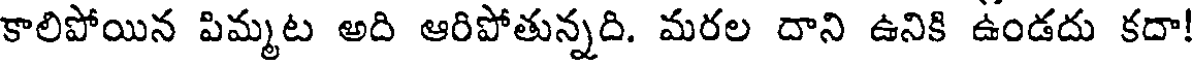
కాలిపోయిన పిమ్మట అది ఆరిపోతున్నది. మరల దాని ఉనికి ఉండదు కదా!